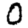
Digit: 0